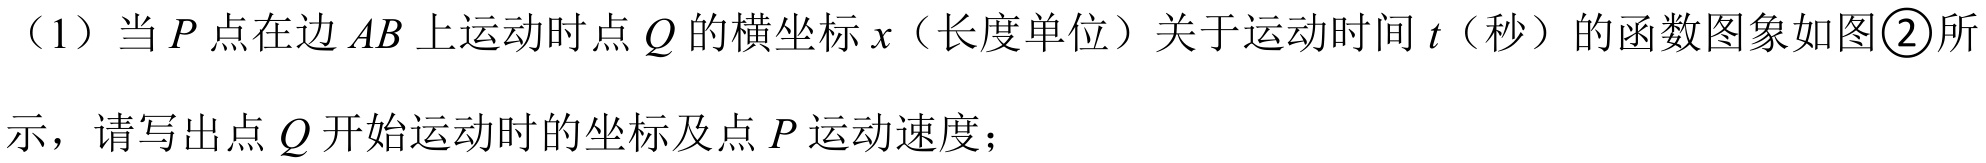
（1）当\(P\)点在边\(AB\)上运动时点\(Q\)的横坐标\(x\)（长度单位）关于运动时间\(t\)（秒）的函数图象如图\textcircled{2}所示，请写出点\(Q\)开始运动时的坐标及点\(P\)运动速度；